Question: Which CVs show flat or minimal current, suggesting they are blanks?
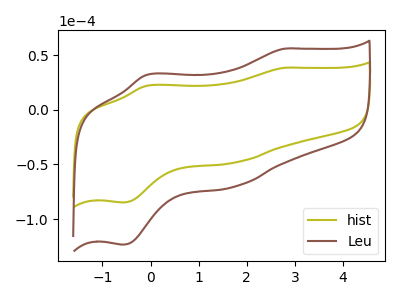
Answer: <think>The olive curve "hist" has anodic peaks at (2.80V, 38.40uA) (-0.05V, 21.95uA) and cathodic peaks at (1.75V, -48.25uA) (-0.60V, -84.70uA). The brown curve "Leu" has anodic peaks at (2.80V, 55.85uA) (-0.05V, 31.95uA) and cathodic peaks at (1.75V, -70.20uA) (-0.60V, -123.25uA).</think>
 <answer>There are not any CV's on this graph that are likely to be blanks.</answer>
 <eval>none</eval>